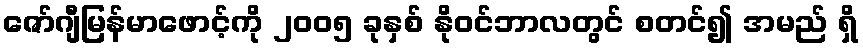
ဇော်ဂျီမြန်မာဖောင့်ကို ၂၀၀၅ ခုနှစ် နိုဝင်ဘာလတွင် စတင်၍ အမည် ရှိ